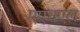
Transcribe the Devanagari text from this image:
एएचएल